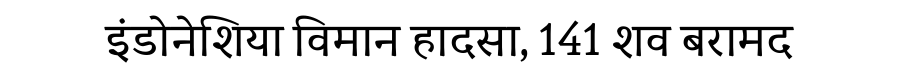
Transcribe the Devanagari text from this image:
इंडोनेशिया विमान हादसा, 141 शव बरामद